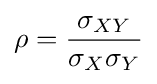
\rho ={\frac {\sigma _{XY}}{\sigma _{X}\sigma _{Y}}}